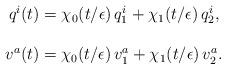
LaTeX: \begin{align*}\begin{array}{c}q^i(t)=\chi_0(t/\epsilon)\,q^i_1+\chi_1(t/\epsilon)\,q^i_2,\\\\v^a(t)=\chi_0(t/\epsilon)\,v^a_1+\chi_1(t/\epsilon)\,v^a_2.\end{array}\end{align*}